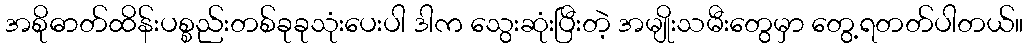
အစိုဓာတ်ထိန်းပစ္စည်းတစ်ခုခုသုံးပေးပါ ဒါက သွေးဆုံးပြီးတဲ့ အမျိုးသမီးတွေမှာ တွေ့ရတတ်ပါတယ်။